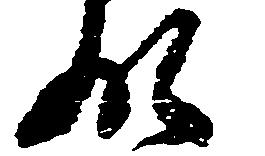
領